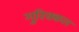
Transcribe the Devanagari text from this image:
गुरिक्कल